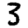
Digit: 3